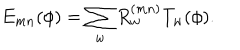
E _ { m n } ( \phi ) = \sum _ { w } R _ { w } ^ { ( m n ) } T _ { w } ( \phi ) .